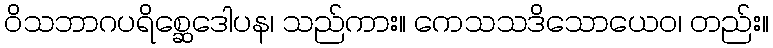
ဝိသဘာဂပရိစ္ဆေဒေါပန၊ သည်ကား။ ကေသသဒိသောယေဝ၊ တည်း။